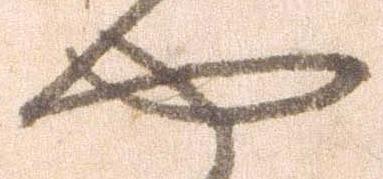
や